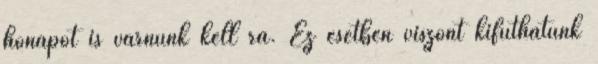
hónapot is várnunk kell rá. Ez esetben viszont kifuthatunk